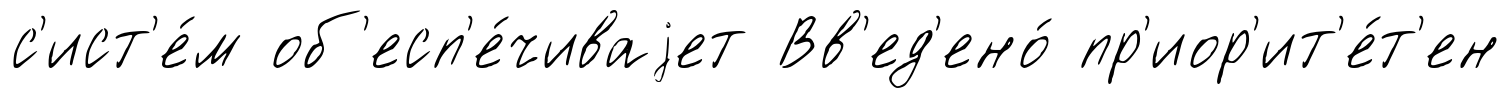
с'ист'е́м об'есп'е́чиваjет Вв'ед'ено́ пр'иор'ит'е́т'ен